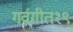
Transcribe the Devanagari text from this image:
गर्वगीत१९